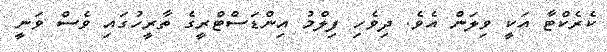
ކެރެކްޓާ އަކީ ވިލަން އެވެ. ދިވެހި ފިލްމު އިންޑަސްޓްރީގެ ތާރީހުގައި ވެސް ވަނީ